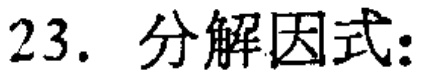
23. 分解因式：